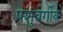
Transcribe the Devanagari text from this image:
पशुवर्गीय